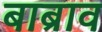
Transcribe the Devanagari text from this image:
बाब्राव